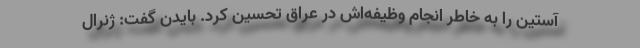
آستین را به خاطر انجام وظیفه‌اش در عراق تحسین کرد. بایدن گفت: ژنرال